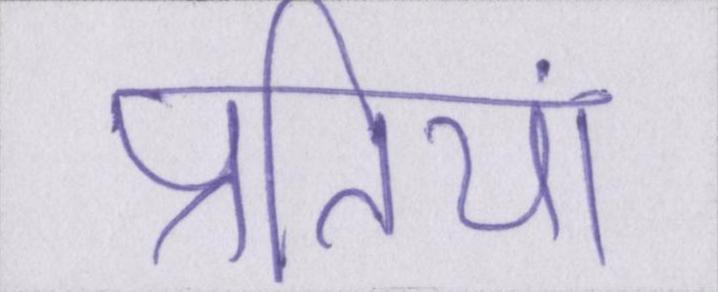
प्रतियां